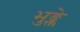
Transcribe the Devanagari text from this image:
भुङ्क्ते